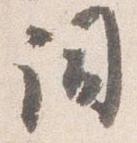
詞